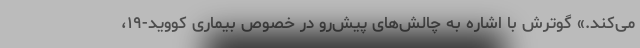
می‌کند.» گوترش با اشاره به چالش‌های پیش‌رو در خصوص بیماری کووید-۱۹،